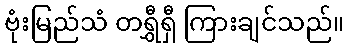
ဗုံးမြည်သံ တရွှီရှီ ကြားချင်သည်။